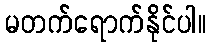
မတက်ရောက်နိုင်ပါ။